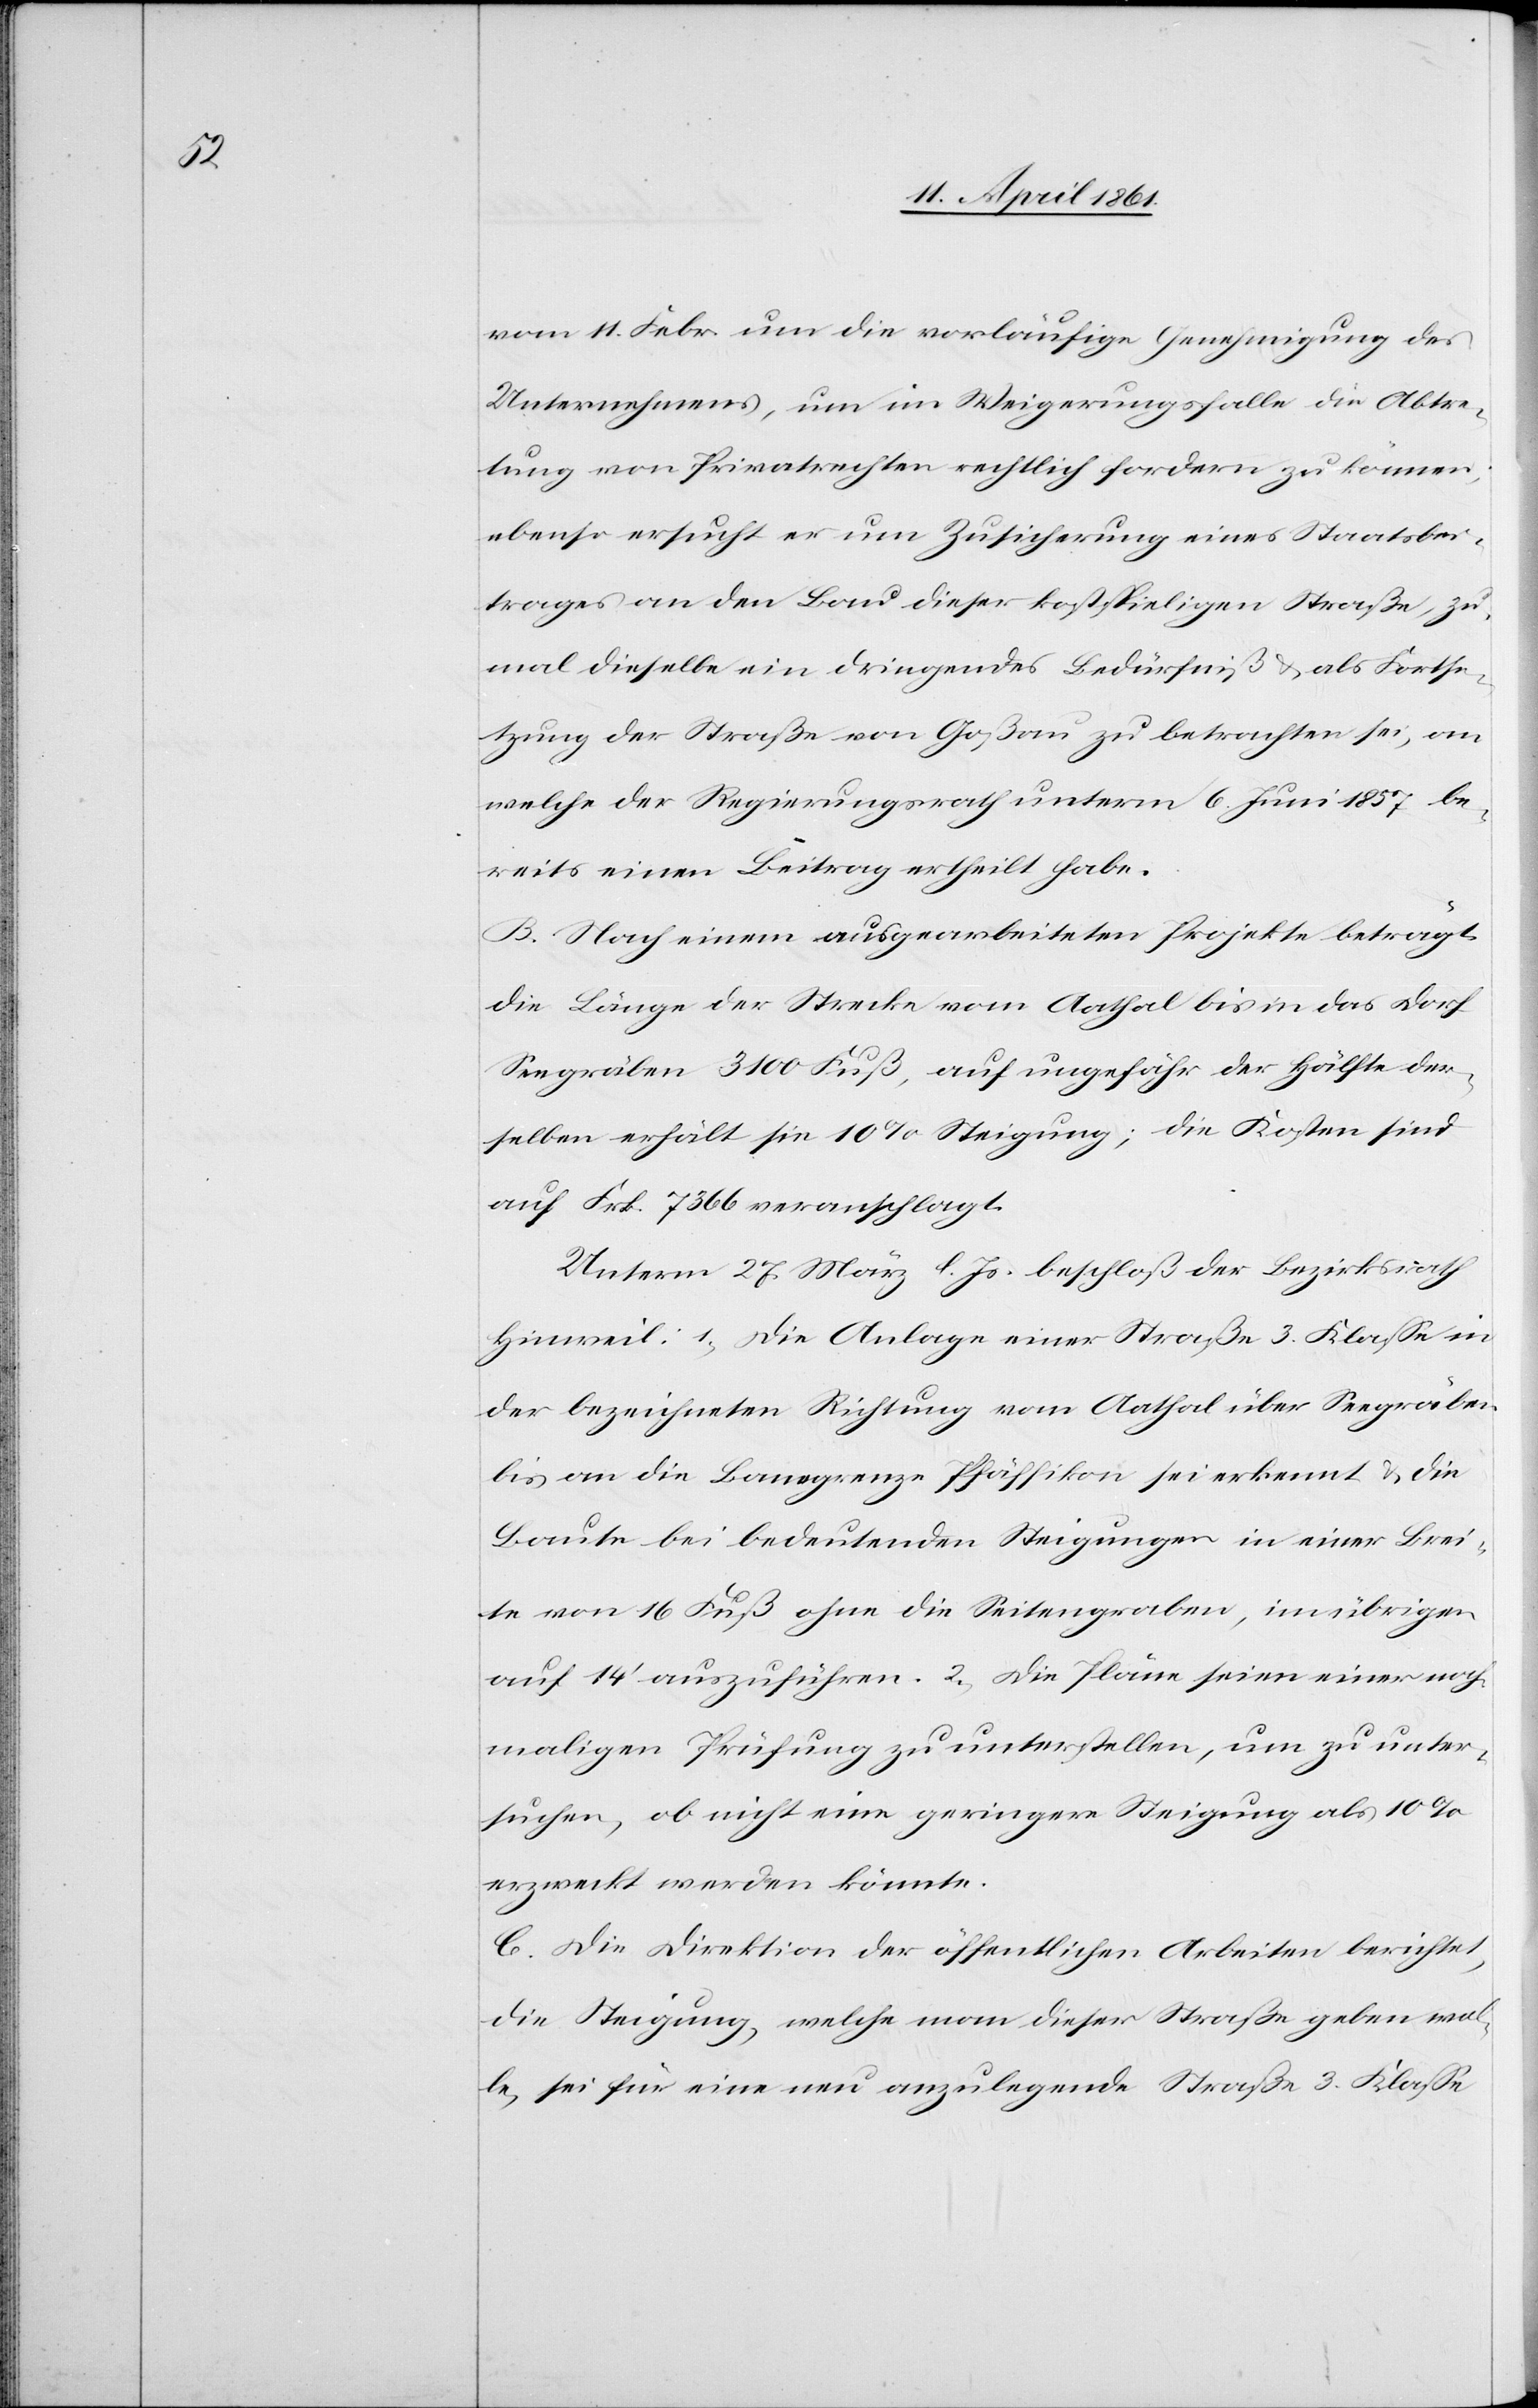
vom 11. Febr. um die vorläufige Genehmigung des
Unternehmens, um im Weigerungsfalle die Abtre¬
tung von Privatrechten rechtlich fordern zu können,
ebenso ersucht er um Zusicherung eines Staatsbei¬
trages an den Bau dieser kostspieligen Straße, zu¬
mal dieselbe ein dringendes Bedürfniß u. als Fortse¬
tzung der Straße von Goßau zu betrachten sei, an
welche der Regierungsrath unterm 6. Juni 1857 be¬
reits einen Beitrag ertheilt habe.
B. Nach einem ausgearbeiteten Projekte beträgt
die Länge der Strecke vom Aathal bis in das Dorf
Seegräben 3100 Fuß, auf ungefähr der Hälfte der¬
selben erhält sie 10% Steigung; die Kosten sind
auf Frk. 7366 veranschlagt.
Unterm 27. März l. Js. beschloß der Bezirksrath
Hinweil: 1) Die Anlage einer Straße 3. Klasse in
der bezeichneten Richtung vom Aathal über Seegräben
bis an die Banngrenze Pfäffikon sei erkennt u. die
Baute bei bedeutenden Steigungen in einer Brei¬
te von 16 Fuß ohne Seitengraben im übrigen
auf 14’ auszuführen. 2) Die Pläne seien einer noch¬
maligen Prüfung zu unterstellen, um zu unter¬
suchen, ob nicht eine geringere Steigung als 10%
erzweckt werden könnte.
C. Die Direktion der öffentlichen Arbeiten berichtet,
die Steigung, welche man dieser Straße geben wol¬
le, sei für eine neu anzulegende Straße 3. Klasse